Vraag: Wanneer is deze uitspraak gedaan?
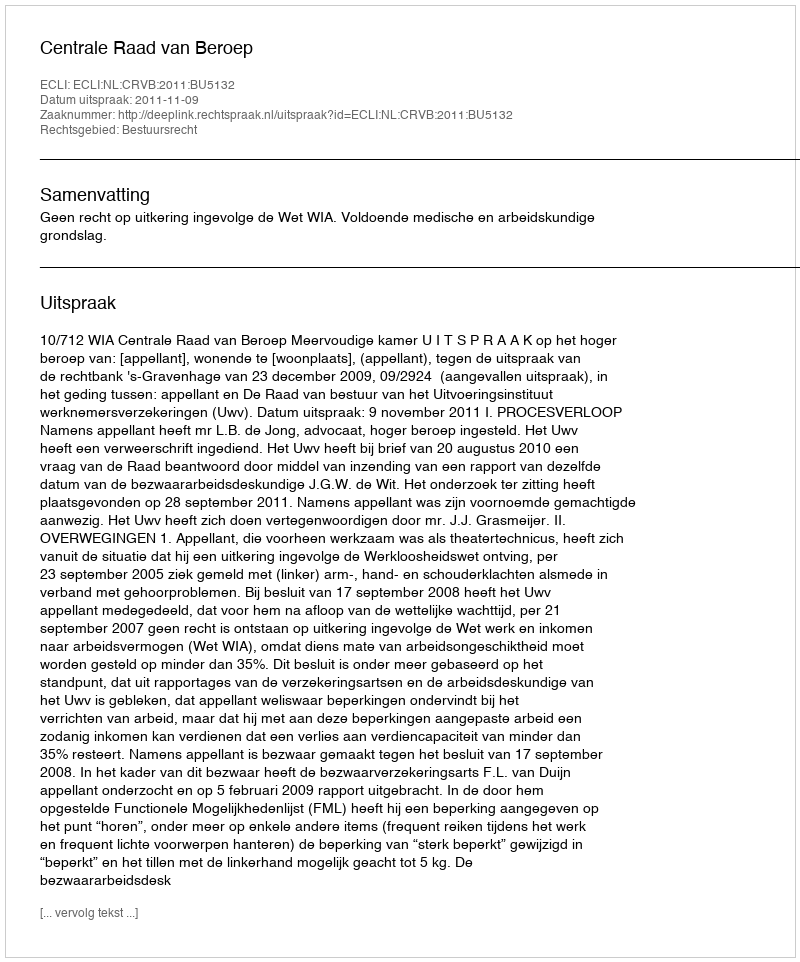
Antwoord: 2011-11-09